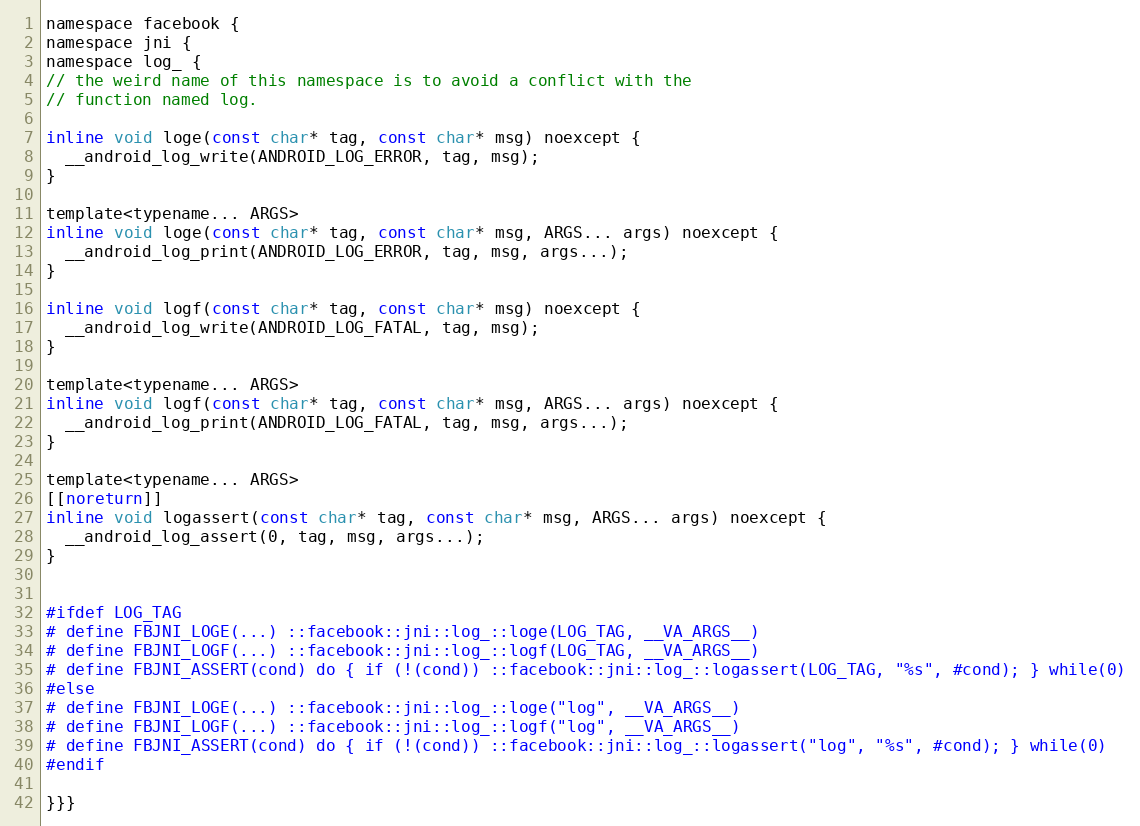
Language: C
namespace facebook {
namespace jni {
namespace log_ {
// the weird name of this namespace is to avoid a conflict with the
// function named log.

inline void loge(const char* tag, const char* msg) noexcept {
  __android_log_write(ANDROID_LOG_ERROR, tag, msg);
}

template<typename... ARGS>
inline void loge(const char* tag, const char* msg, ARGS... args) noexcept {
  __android_log_print(ANDROID_LOG_ERROR, tag, msg, args...);
}

inline void logf(const char* tag, const char* msg) noexcept {
  __android_log_write(ANDROID_LOG_FATAL, tag, msg);
}

template<typename... ARGS>
inline void logf(const char* tag, const char* msg, ARGS... args) noexcept {
  __android_log_print(ANDROID_LOG_FATAL, tag, msg, args...);
}

template<typename... ARGS>
[[noreturn]]
inline void logassert(const char* tag, const char* msg, ARGS... args) noexcept {
  __android_log_assert(0, tag, msg, args...);
}

#ifdef LOG_TAG
# define FBJNI_LOGE(...) ::facebook::jni::log_::loge(LOG_TAG, __VA_ARGS__)
# define FBJNI_LOGF(...) ::facebook::jni::log_::logf(LOG_TAG, __VA_ARGS__)
# define FBJNI_ASSERT(cond) do { if (!(cond)) ::facebook::jni::log_::logassert(LOG_TAG, "%s", #cond); } while(0)
#else
# define FBJNI_LOGE(...) ::facebook::jni::log_::loge("log", __VA_ARGS__)
# define FBJNI_LOGF(...) ::facebook::jni::log_::logf("log", __VA_ARGS__)
# define FBJNI_ASSERT(cond) do { if (!(cond)) ::facebook::jni::log_::logassert("log", "%s", #cond); } while(0)
#endif

}}}